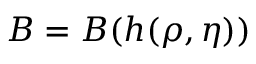
B = B ( h ( \rho , \eta ) )